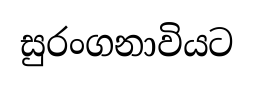
සුරංගනාවියට